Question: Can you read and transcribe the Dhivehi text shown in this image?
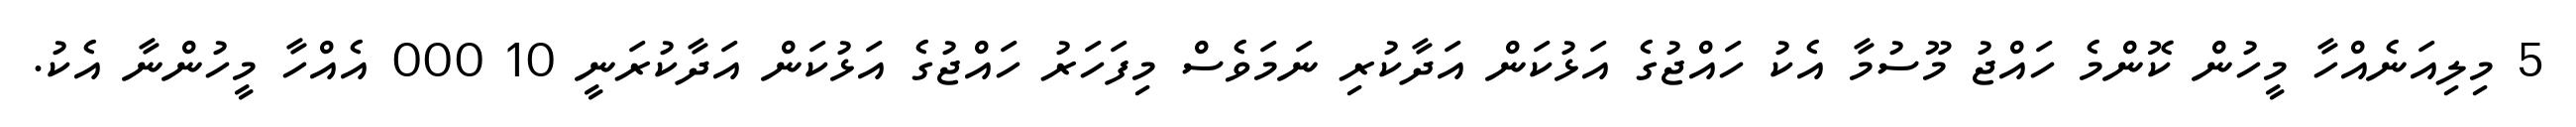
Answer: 5 މިލިއަނެއްހާ މީހުން ކޮންމެ ހައްޖު މޫސުމާ އެކު ހައްޖުގެ އަޅުކަން އަދާކުރި ނަމަވެސް މިފަހަރު ހައްޖުގެ އަޅުކަން އަދާކުރަނީ 10 000 އެއްހާ މީހުންނާ އެކު.